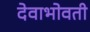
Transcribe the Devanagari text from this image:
देवाभोवती